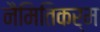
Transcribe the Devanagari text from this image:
नैमितिकर्म